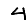
Digit: 4